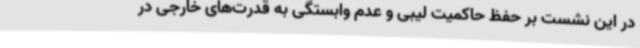
در این نشست بر حفظ حاکمیت لیبی و عدم وابستگی به قدرت‌های خارجی در